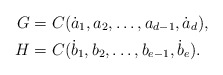
\begin{align*}G&=C(\dot a_1,a_2,\ldots,a_{d-1},\dot a_{d}),\\H&=C(\dot b_1,b_2,\ldots,b_{e-1},\dot b_{e}).\end{align*}